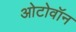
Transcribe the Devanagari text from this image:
ओटोवॉन